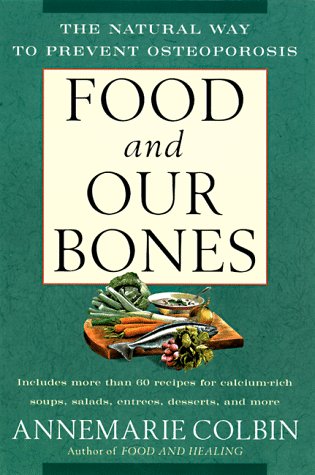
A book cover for Food and Our Bones: The Natural Way to Prevent  Osteoporosis; Annemarie Colbin; Health, Fitness & Dieting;